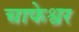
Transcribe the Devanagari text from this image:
चाफेश्वर